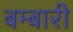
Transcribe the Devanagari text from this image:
बम्बारी